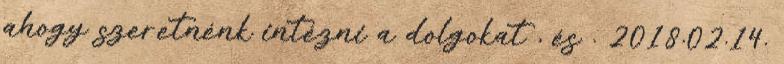
ahogy szeretnénk intézni a dolgokat , és . 2018.02.14.